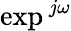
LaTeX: \exp^{\, j\omega}